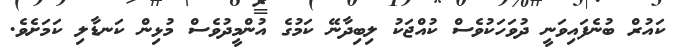
ކައުރް ބުނެފައިވަނީ ދުވަހަކުވެސް ކުއްޖަކު ލިބިދާނޭ ކަމުގެ އުންމީދުވެސް މުޅިން ކަނޑާލި ކަމަށެވެ.